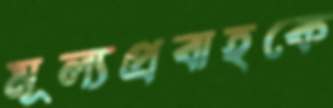
মূল্যপ্রবাহকে